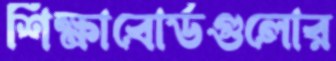
শিক্ষাবোর্ডগুলোর